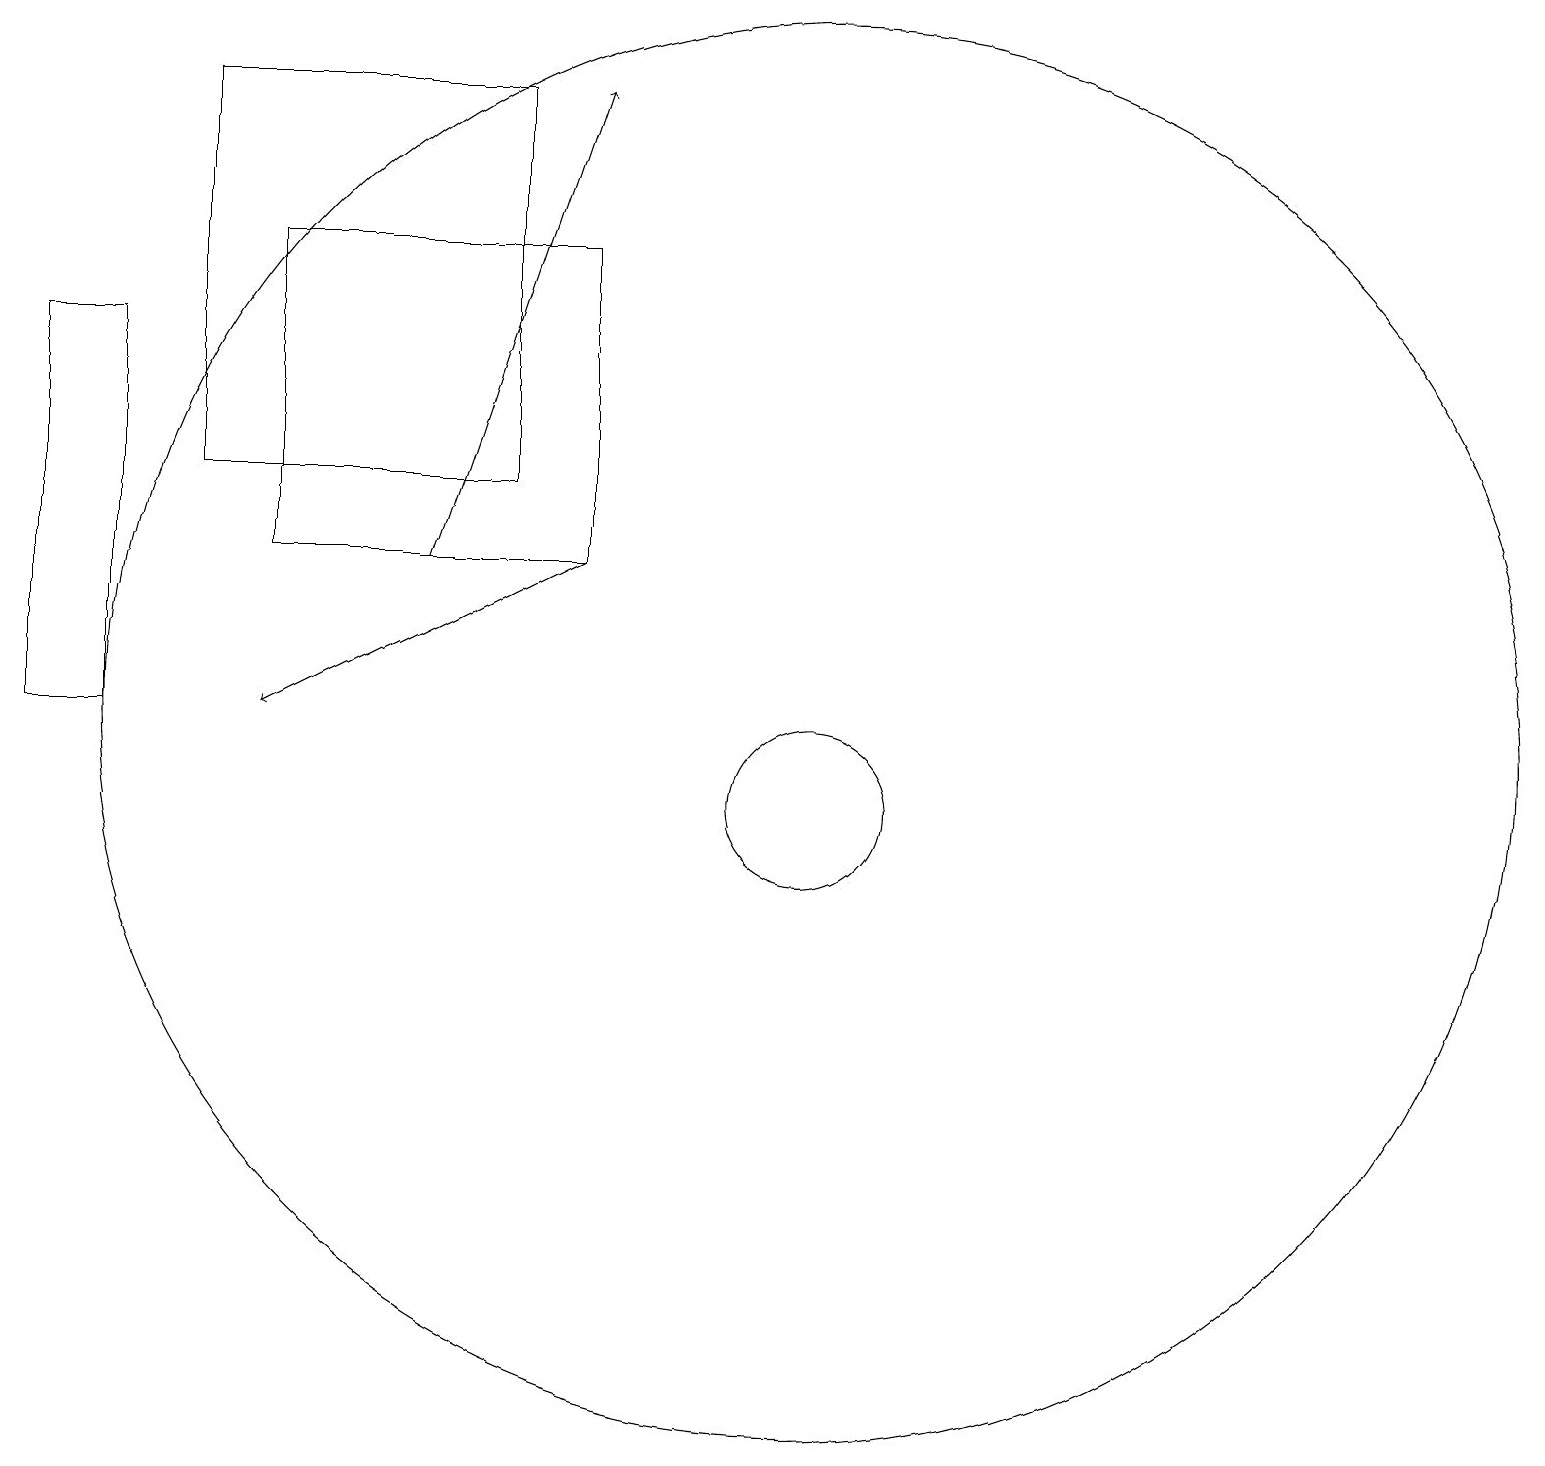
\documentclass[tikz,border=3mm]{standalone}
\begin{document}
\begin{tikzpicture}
\draw (7,14) rectangle (3,19);
\draw[->] (6,13) -- (8,19);
\draw (11,11) circle (9);
\draw (12,11) circle (0);
\draw (11,10) circle (1);
\draw (2,16) rectangle (1,11);
\draw[->] (8,13) -- (4,11);
\draw (8,17) rectangle (4,13);
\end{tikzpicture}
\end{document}